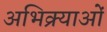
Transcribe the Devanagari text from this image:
अभिक्र्याओं